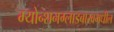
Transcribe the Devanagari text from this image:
म्योन्शनग्लाडबाखमधील